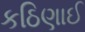
કઠિણાઈ